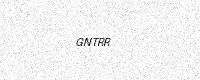
Text: GNTRR